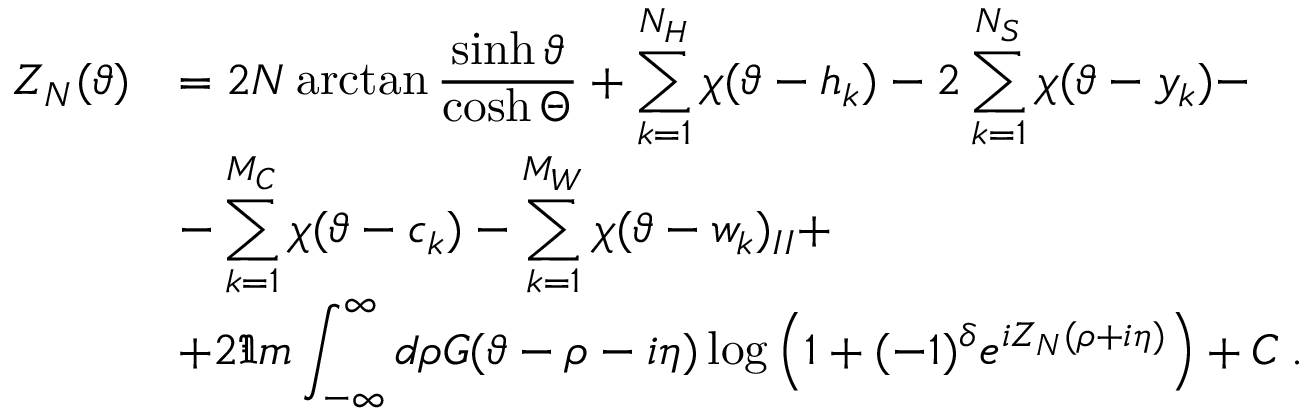
\begin{array} { r l } { { \displaystyle Z _ { N } ( \vartheta ) } } & { { = 2 N \arctan \displaystyle \frac { \sinh \vartheta } { \cosh \Theta } + \displaystyle \sum _ { k = 1 } ^ { N _ { H } } \chi ( \vartheta - h _ { k } ) - 2 \displaystyle \sum _ { k = 1 } ^ { N _ { S } } \chi ( \vartheta - y _ { k } ) - } } \\ { { } } & { { - \displaystyle \sum _ { k = 1 } ^ { M _ { C } } \chi ( \vartheta - c _ { k } ) - \displaystyle \sum _ { k = 1 } ^ { M _ { W } } \chi ( \vartheta - w _ { k } ) _ { I I } + } } \\ { { } } & { { + 2 \Im m \displaystyle \int _ { - \infty } ^ { \infty } d \rho G ( \vartheta - \rho - i \eta ) \log \left( 1 + ( - 1 ) ^ { \delta } e ^ { i Z _ { N } ( \rho + i \eta ) } \right) + C \: . } } \end{array}